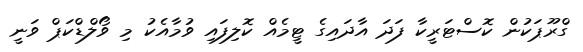
ގްރޫޕަކުން ކޮސްޓަރީކާ ފަދަ އާދައިގެ ޓީމެއް ކޮލިފައި ވުމާއެކު މި ވޯލްޑްކަޕް ވަނީ